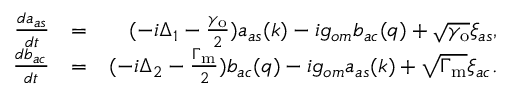
\begin{array} { r l r } { \frac { d a _ { a s } } { d t } } & { = } & { ( - i \Delta _ { 1 } - \frac { \gamma _ { \mathrm { o } } } { 2 } ) a _ { a s } ( k ) - i g _ { o m } b _ { a c } ( q ) + \sqrt { \gamma _ { \mathrm { o } } } \xi _ { a s } , } \\ { \frac { d b _ { a c } } { d t } } & { = } & { ( - i \Delta _ { 2 } - \frac { \Gamma _ { \mathrm { m } } } { 2 } ) b _ { a c } ( q ) - i g _ { o m } a _ { a s } ( k ) + \sqrt { \Gamma _ { \mathrm { m } } } \xi _ { a c } . } \end{array}